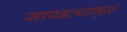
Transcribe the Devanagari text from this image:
सापडल्यामुळं